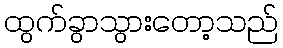
ထွက်ခွာသွားတော့သည်